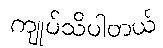
ကျုပ်သိပါတယ်